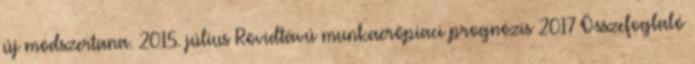
új módszertana. 2015. július Rövidtávú munkaerőpiaci prognózis 2017 Összefoglaló